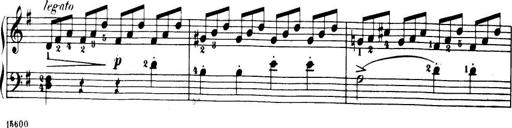
Title: 32 Sonatinas and Rondos for the Piano
Composer: Richard Kleinmichel